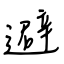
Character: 避